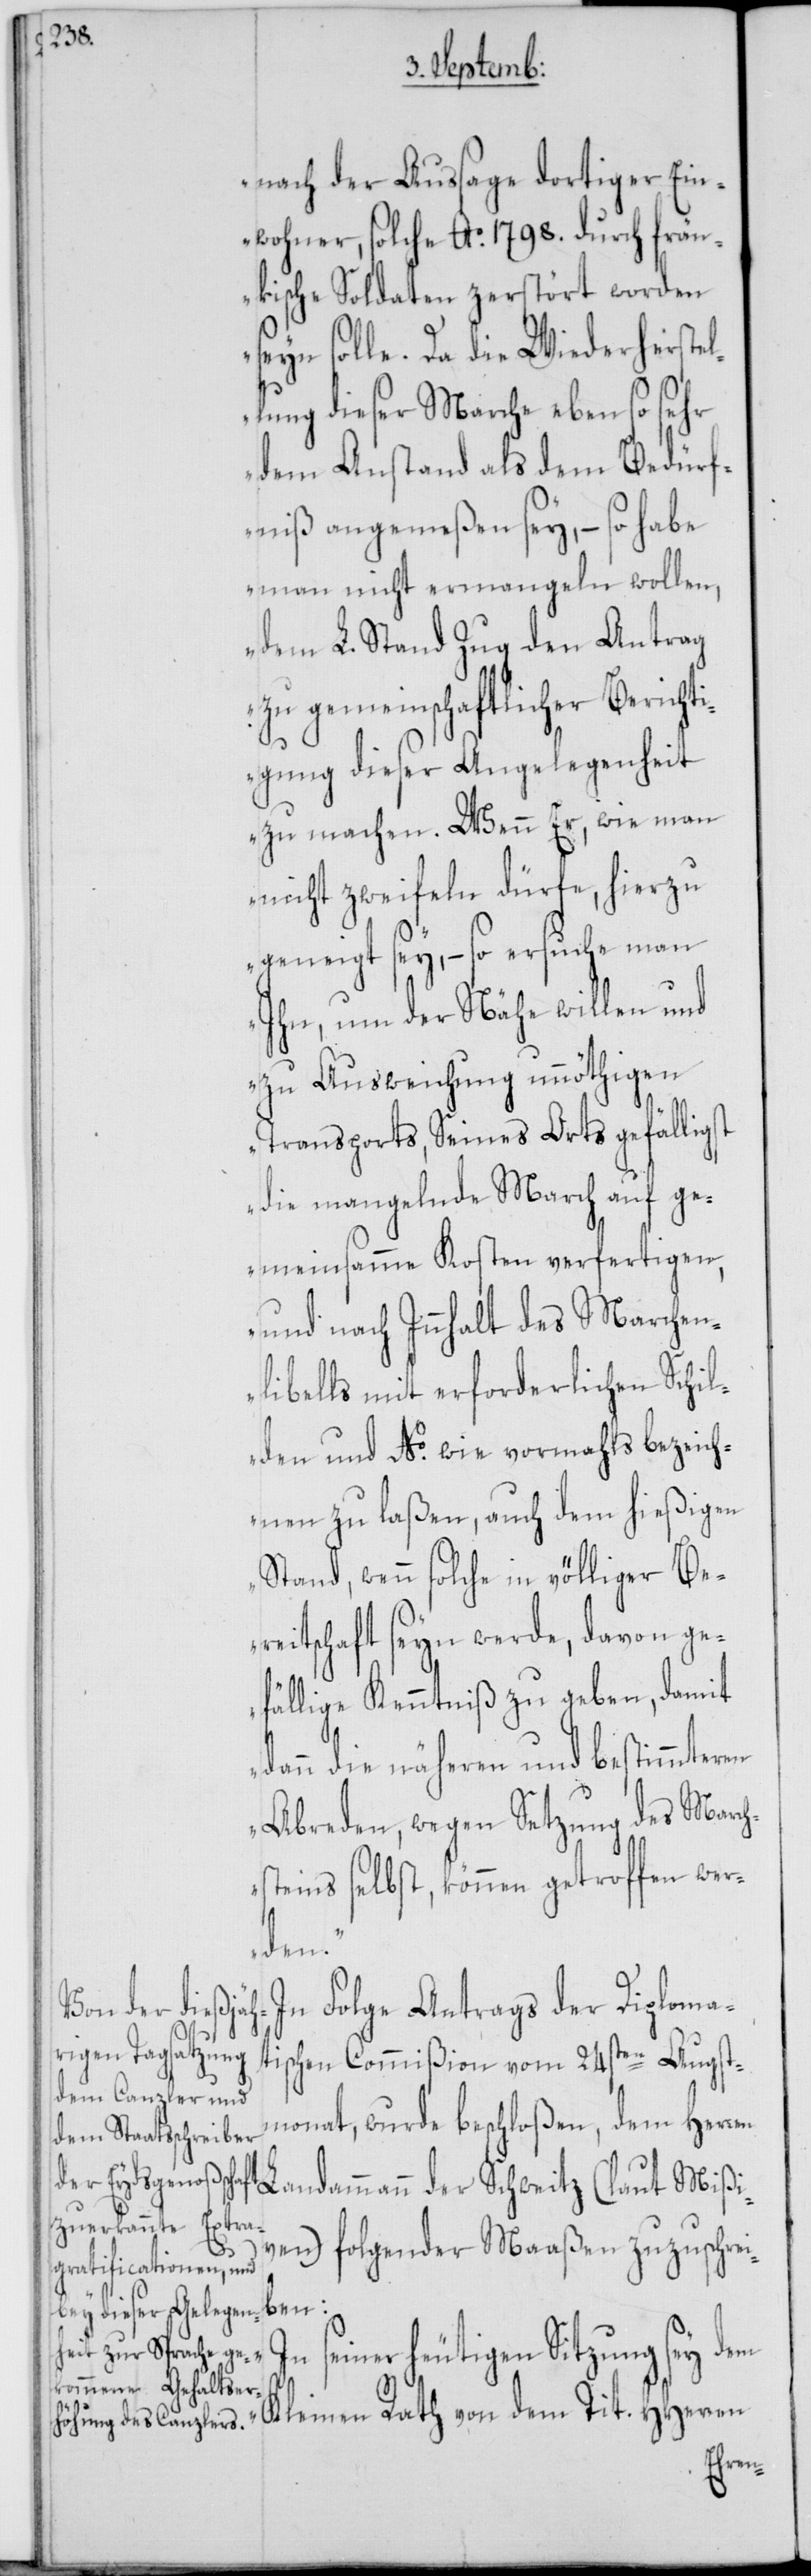
Mißi¬

nach der Aussage dortiger Ein¬
wohner, solche Ao. 1798. durch frän¬
kische Soldaten zerstört worden
seyn solle. Da die Wiederherstel¬
lung dieser Marche eben so sehr
dem Anstand als dem Bedürf¬
niß angemeßen sey, – so habe
man nicht ermangeln wollen,
dem L. Stand Zug den Antrag
zu gemeinschaftlicher Berichti¬
gung dieser Angelegenheit
zu machen. Wenn Er, wie man
nicht zweyfeln dürfe, hierzu
geneigt sey, – so ersuche man
Ihn, um der Nähe willen und
zu Ausweichung unnöthigen
Transports, Seines Orts gefälligst
die mangelnde March auf ge¬
meinsamme Kosten verfertigen,
und nach Innhalt des Marchen¬
libells mit erforderlichen Schil¬
den und No. wie vormahls bezeich¬
nen zu laßen, auch dem hießigen
Stand, wenn solche in völliger Be¬
reitschaft seyn werde, davon ge¬
fällige Kenntniß zu geben, damit
dann die näheren und bestimmteren
Abreden, wegen Setzung des March¬
steins selbst, können getroffen wer¬
der
In Folge Antrags der Diploma¬
tischen Commißion vom 24sten Augst¬
monat, wurde beschloßen, dem Herren
ven) folgender Maaßen zuzuschrei¬
ben:
einer heutigen Sitzung sey dem
s¬
Kleinen Rath von dem Tit. HHerren